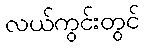
လယ်ကွင်းတွင်